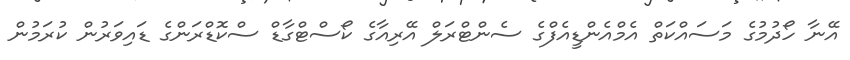
އޭނާ ހޯދުމުގެ މަސައްކަތް އެމްއެންޑީއެފްގެ ސެންޓްރަލް އޭރިއާގެ ކޯސްޓްގާޑް ސްކޮޑްރަންގެ ޑައިވަރުން ކުރަމުން